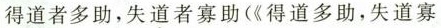
得道者多助，失道者寡助(《得道多助，失道寡